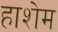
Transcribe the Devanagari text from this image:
हाशेम